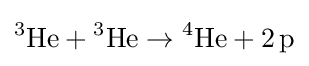
{^{3}}{\text{He}}+{^{3}}{\text{He}}\to {^{4}}{\text{He}}+2\,{\text{p}}